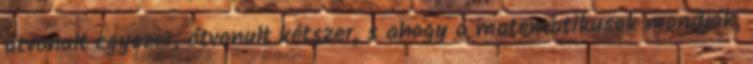
átvonult egyszer, átvonult kétszer, s ahogy a matematikusok mondják,